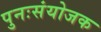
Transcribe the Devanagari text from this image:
पुनःसंयोजक